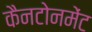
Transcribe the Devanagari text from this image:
कैनटोनमेंट